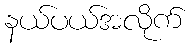
နယ်ပယ်အလိုက်